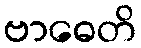
ဗာဓေတိ